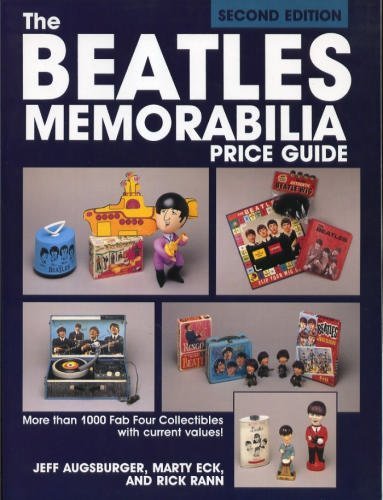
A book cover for The Beatles Memorabilia Price Guide; Jeff Augsburger; Crafts, Hobbies & Home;